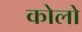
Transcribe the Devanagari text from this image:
कोलो